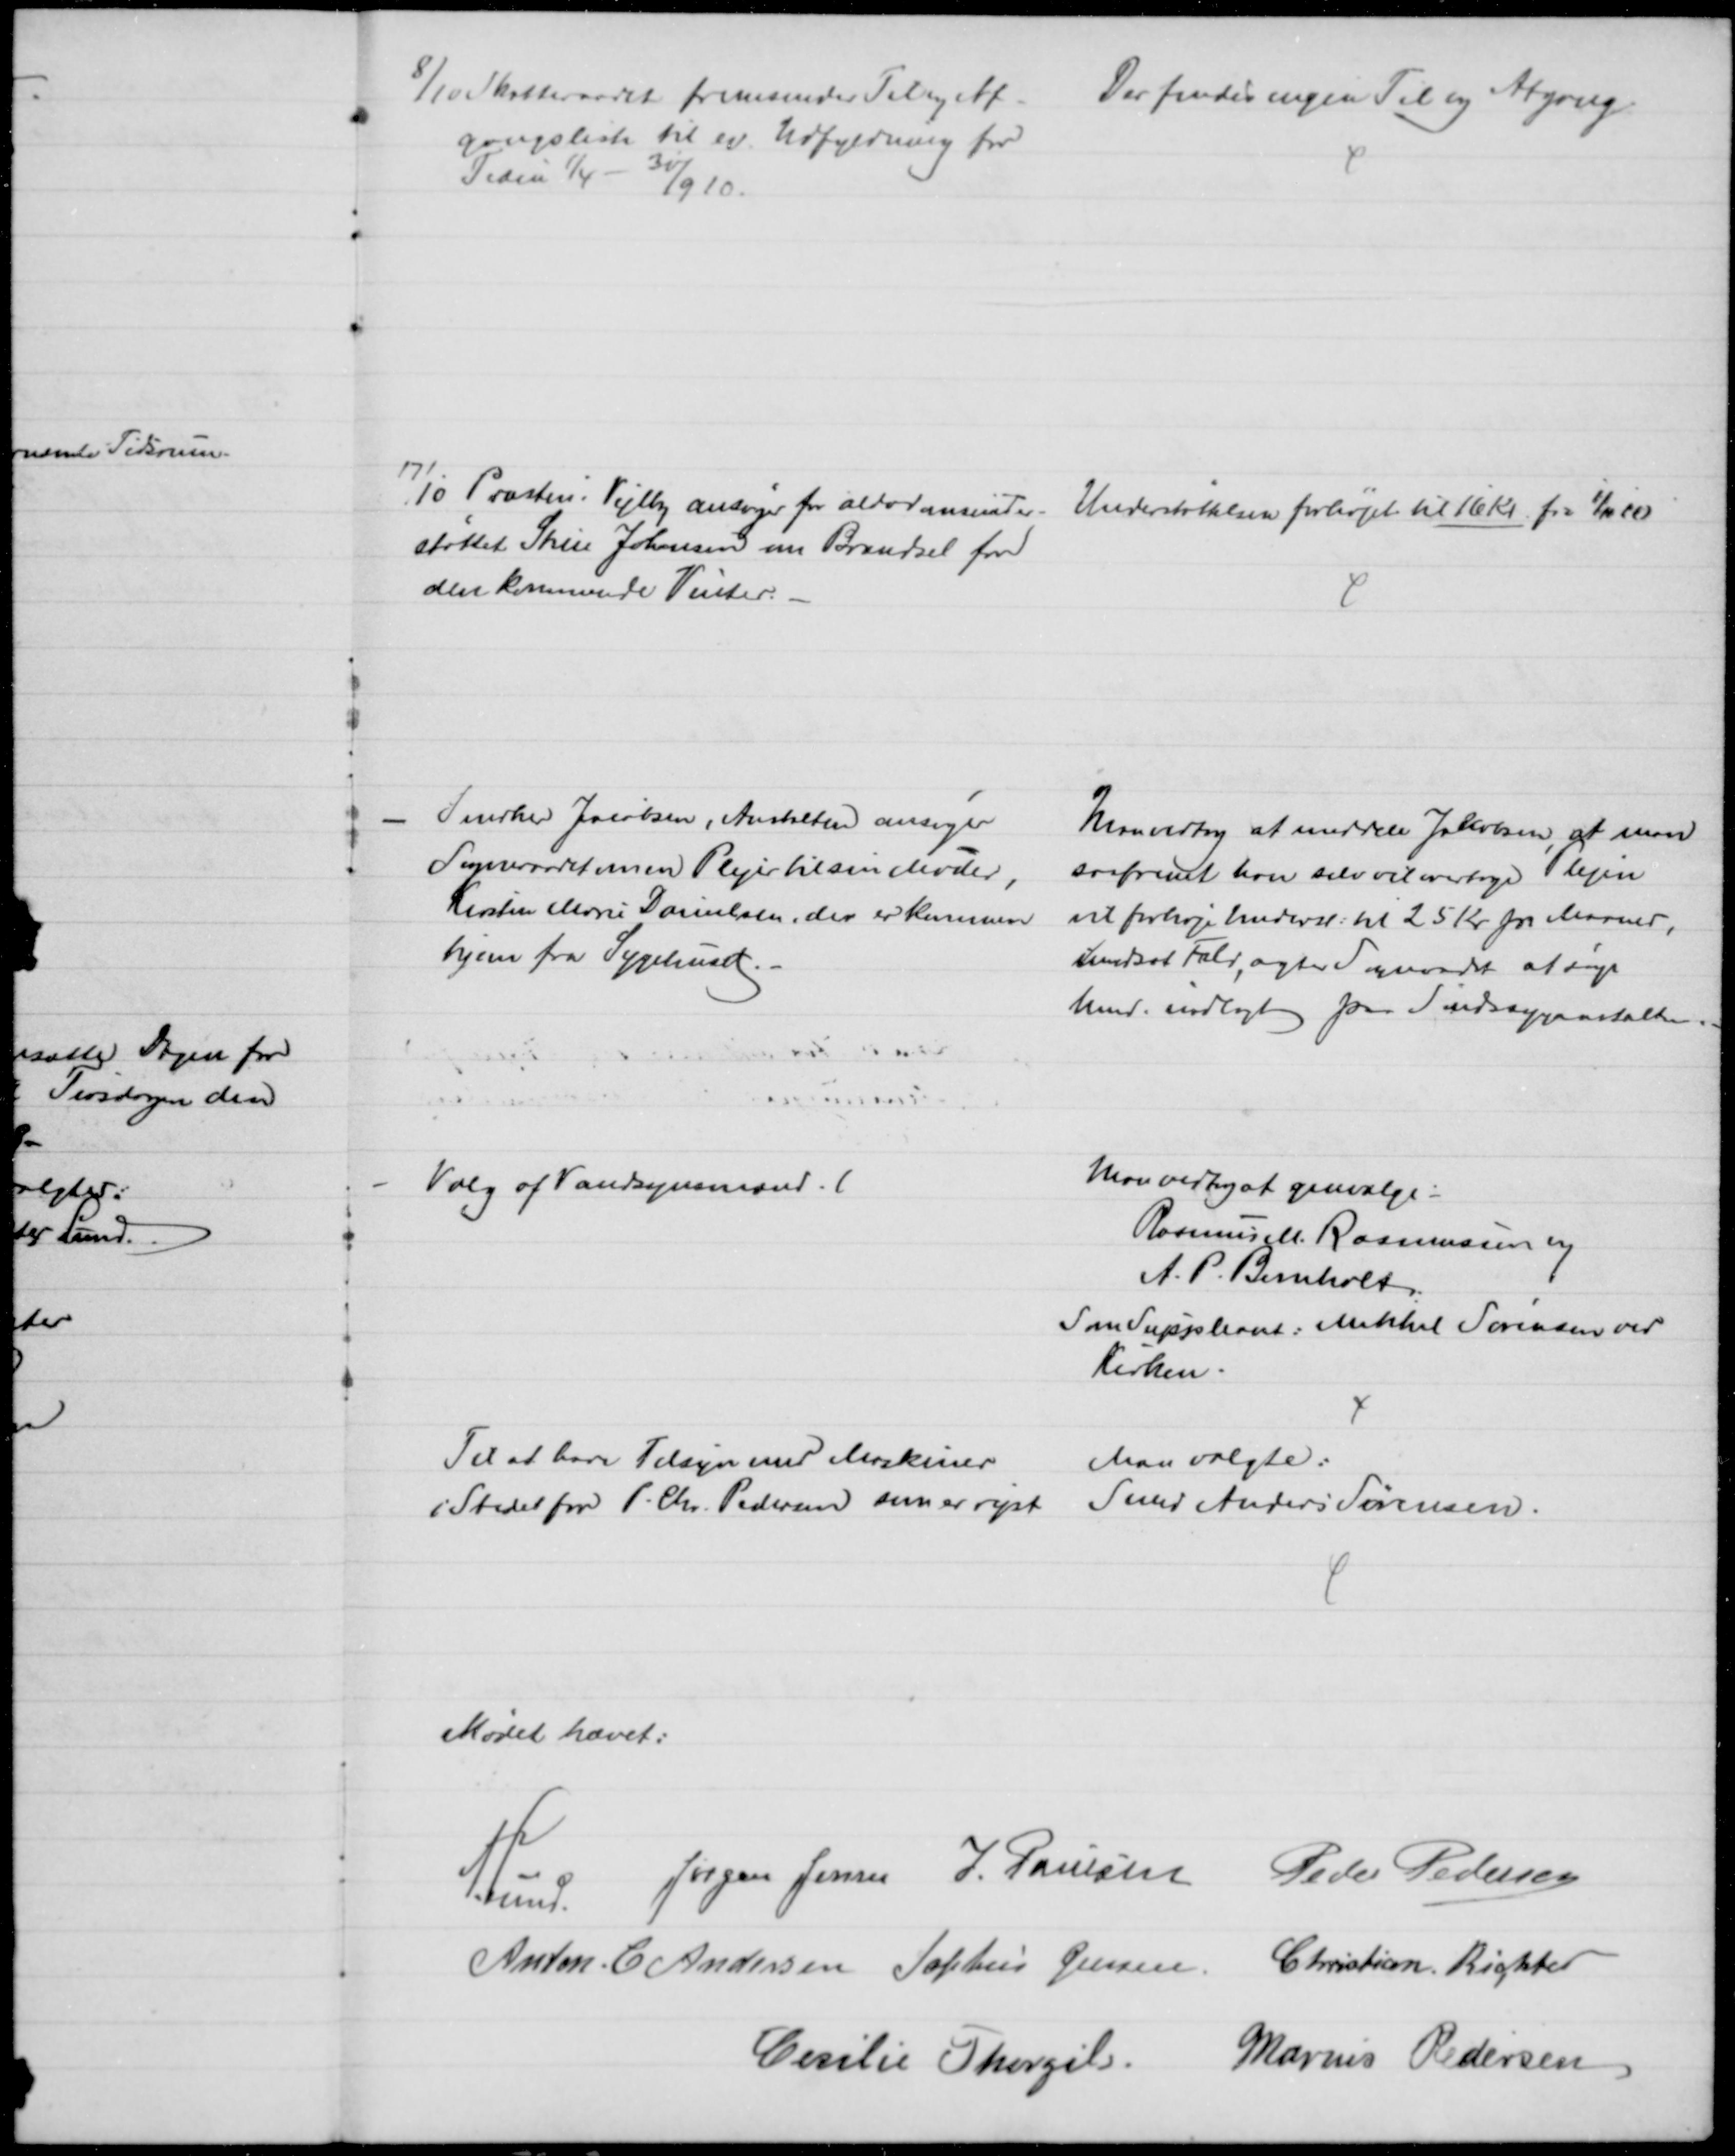
Transskription:
8/10 Skatteraadet fremsender Til og Af-
gangsliste til ev. Udfyldning for
Tiden 1/4 - 30/9 10.
Der findes ingen Til og Afgang
17/10 Præsten i Vejlby ansøger for alderdomsunder-
støttet Stine Johansen om Brændsel for
den kommende Vinter.
Understøttelsen forhøjet til 16 Kr fra 1/11 10
Snedker Jacobsen, Anstalten ansøger
Sogneraadet om en Plejer til sin Moder,
Kirsten Marie Danielsen, der er kommen
hjem fra Sygehuset.
Man vedtog at meddele Jakobsen, at man
saafremt han selv vil overtage Plejen
vil forhøje Underst: til 25 Kr pr Maaned,
i modsat Fald, agter Sogneraadet at søge
hende indlagt paa Sindssygeanstalten.
Valg af Vandsynsmænd. 
Man vedtog at genvælge:
Rasmus M. Rasmussen og
A. P. Bomholt
Som Suppleant: Mikkel Sørensen ved
Kirken.
Til at have Tilsyn med Maskiner
i Stedet for P. Chr. Pedersen som er rejst
Man valgte:
Smed Anders Sørensen.
Mødet hævet:
A. Lund.
Jørgen Jensen J. Poulsen Peder Pedersen
Anton C. Andersen Sophus Jensen Christian Richter
Cecilie Thorgils.
Marius Pedersen